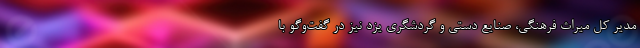
مدیر کل میراث فرهنگی، صنایع دستی و گردشگری یزد نیز در گفت‌وگو با